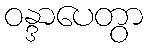
ဝန္ဒာပေတွာ